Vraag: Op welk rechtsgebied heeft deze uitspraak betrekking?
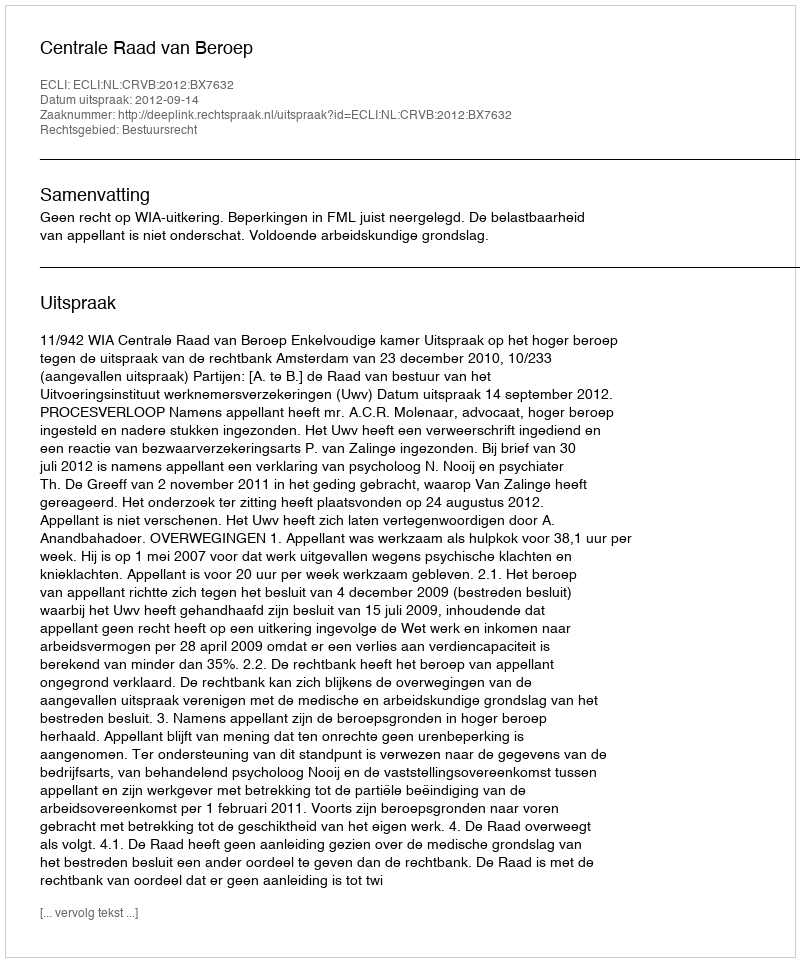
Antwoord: Bestuursrecht